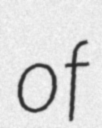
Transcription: of